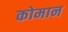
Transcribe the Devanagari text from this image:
कोमान